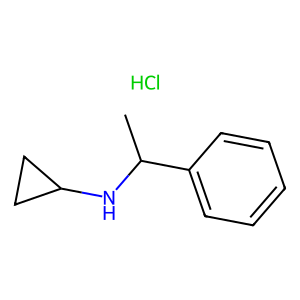
SMILES: CC(NC1CC1)c1ccccc1.Cl
Inhibits HIV replication: No